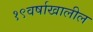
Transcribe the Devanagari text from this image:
१९वर्षाखालील